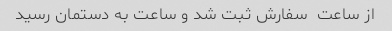
از ساعت  سفارش ثبت شد و ساعت به دستمان رسید